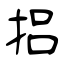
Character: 捛